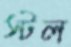
স্টল